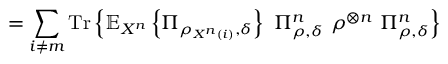
= \sum _ { i \neq m } { \mathrm { T r } } \left\{ \mathbb { E } _ { X ^ { n } } \left\{ \Pi _ { \rho _ { X ^ { n } \left( i \right) } , \delta } \right\} \ \Pi _ { \rho , \delta } ^ { n } \ \rho ^ { \otimes n } \ \Pi _ { \rho , \delta } ^ { n } \right\}